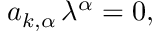
a _ { k , \alpha } \, \lambda ^ { \alpha } = 0 ,